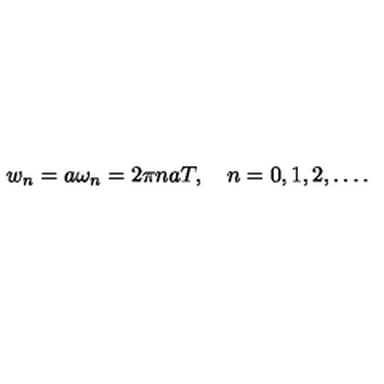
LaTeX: w _ { n } = a \omega _ { n } = 2 \pi n a T , \quad n = 0 , 1 , 2 , \ldots { . }